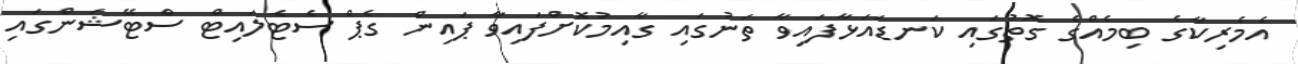
އެމެރިކާގެ ބިމެއްގެ ގޮތުގައި ކަނޑައަޅާފައިވާ ތަނުގައި ގާއިމުކޮށްފައިވާ ޕައިން ގެޕް ސެޓެލައިޓް ސްޓޭޝަންގައި